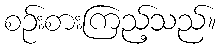
စဉ်းစားကြည့်သည်။